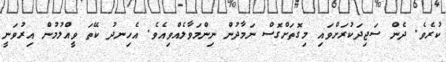
ކުރެވެ. ދެން ސަޖިދަކުރަށްވައި މިގޮތަށްގޮސް ނަމާދުން ނިންމަވާލެއްވިއެވެ. އެހިނދު ކޭތަ ވީއްލުމުން އިރުވަނީ